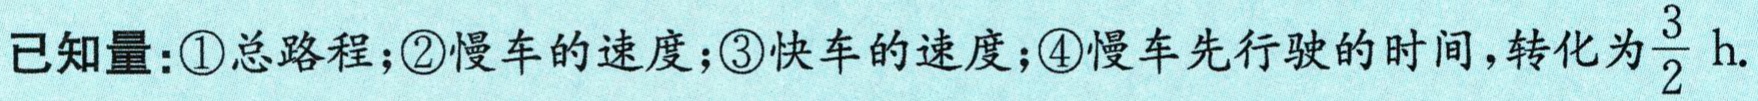
已知量：\textcircled{1}总路程；\textcircled{2}慢车的速度；\textcircled{3}快车的速度；\textcircled{4}慢车先行驶的时间，转化为$\frac{3}{2}\text{ h}$.